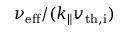
\nu _ { \mathrm { e f f } } / ( k _ { \parallel } v _ { \mathrm { t h , i } } )